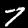
Digit: 7